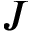
J